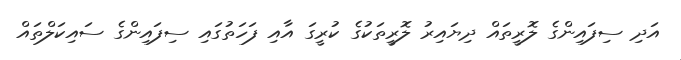
އަދި ސިފައިންގެ ލޮރީތައް ދިޔައިރު ލޮރީތަކުގެ ކުރީގަ އާއި ފަހަތުގައި ސިފައިންގެ ސައިކަލްތައް